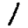
Digit: 1